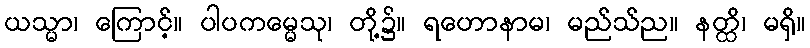
ယသ္မာ၊ ကြောင့်။ ပါပကမ္မေသု၊ တို့၌။ ရဟောနာမ၊ မည်သ်ည။ နတ္ထိ၊ မရှိ။